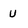
Character: U